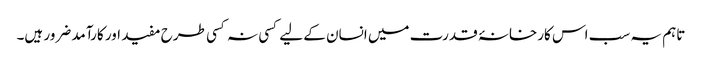
تاہم یہ سب اس کارخانۂ قدرت میں انسان کے لیے کسی نہ کسی طرح مفید اور کارآمد ضرور ہیں۔